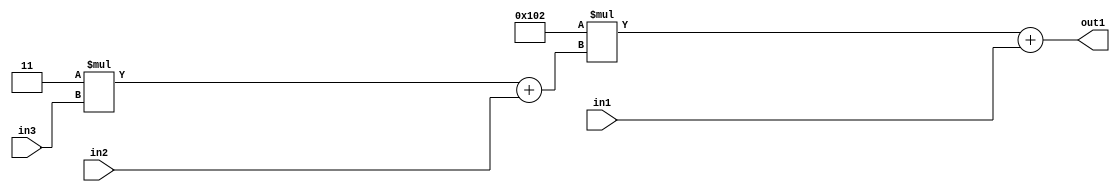
`timescale 1ps / 1ps
/*****************************************************************************
    Verilog RTL Description
    
    
    Created by: Stratus DpOpt 2019.1.01 
*******************************************************************************/

module DC_Filter_Add2u9Mul2i258Add2u1Mul2i3u2_4 (
	in3,
	in2,
	in1,
	out1
	); /* architecture "behavioural" */ 
input [1:0] in3;
input  in2;
input [8:0] in1;
output [11:0] out1;
wire [11:0] asc001;
wire [3:0] asc002;

wire [3:0] asc002_tmp_0;
assign asc002_tmp_0 = 
	+(4'B0011 * in3);
assign asc002 = asc002_tmp_0
	+(in2);

wire [11:0] asc001_tmp_1;
assign asc001_tmp_1 = 
	+(12'B000100000010 * asc002);
assign asc001 = asc001_tmp_1
	+(in1);

assign out1 = asc001;
endmodule

/* CADENCE  v7T5Sw0= : u9/ySgnWtBlWxVPRXgAZ4Og= ** DO NOT EDIT THIS LINE ******/